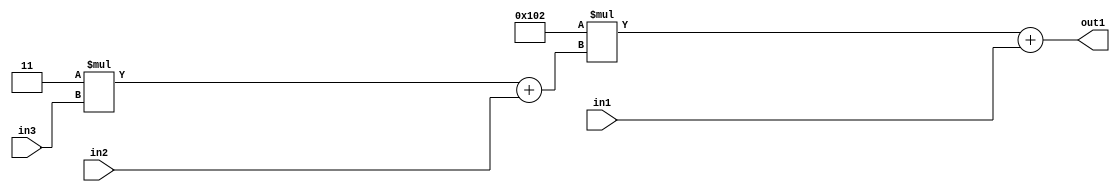
`timescale 1ps / 1ps
/*****************************************************************************
    Verilog RTL Description
    
    
    Created by: Stratus DpOpt 2019.1.01 
*******************************************************************************/

module DC_Filter_Add2u9Mul2i258Add2u1Mul2i3u2_4 (
	in3,
	in2,
	in1,
	out1
	); /* architecture "behavioural" */ 
input [1:0] in3;
input  in2;
input [8:0] in1;
output [11:0] out1;
wire [11:0] asc001;
wire [3:0] asc002;

wire [3:0] asc002_tmp_0;
assign asc002_tmp_0 = 
	+(4'B0011 * in3);
assign asc002 = asc002_tmp_0
	+(in2);

wire [11:0] asc001_tmp_1;
assign asc001_tmp_1 = 
	+(12'B000100000010 * asc002);
assign asc001 = asc001_tmp_1
	+(in1);

assign out1 = asc001;
endmodule

/* CADENCE  v7T5Sw0= : u9/ySgnWtBlWxVPRXgAZ4Og= ** DO NOT EDIT THIS LINE ******/